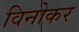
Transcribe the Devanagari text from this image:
विनोकर